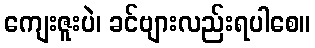
ကျေးဇူးပဲ၊ ခင်ဗျားလည်းရပါစေ။